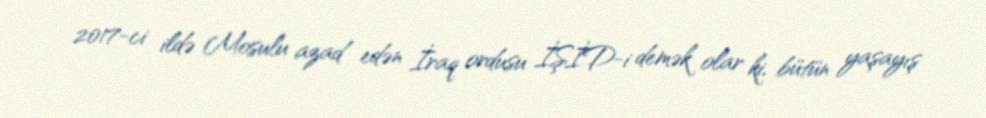
2017-ci ildə Mosulu azad edən İraq ordusu İŞİD-i demək olar ki, bütün yaşayış